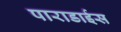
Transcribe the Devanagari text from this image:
पाराडाईस